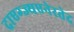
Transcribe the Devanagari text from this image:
द्राएग्ज्यएनेरतेद